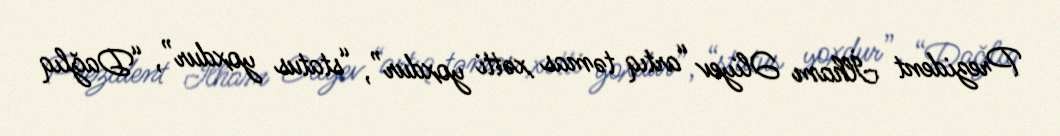
Prezident İlham Əliyev “artıq təmas xətti yoxdur”, “status yoxdur”, “Dağlıq